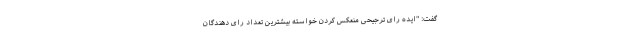
گفت: "ایده رای ترجیحی منعکس کردن خواسته بیشترین تعداد رای دهندگان